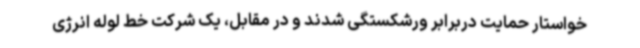
خواستار حمایت دربرابر ورشکستگی شدند و در مقابل، یک شرکت خط لوله انرژی